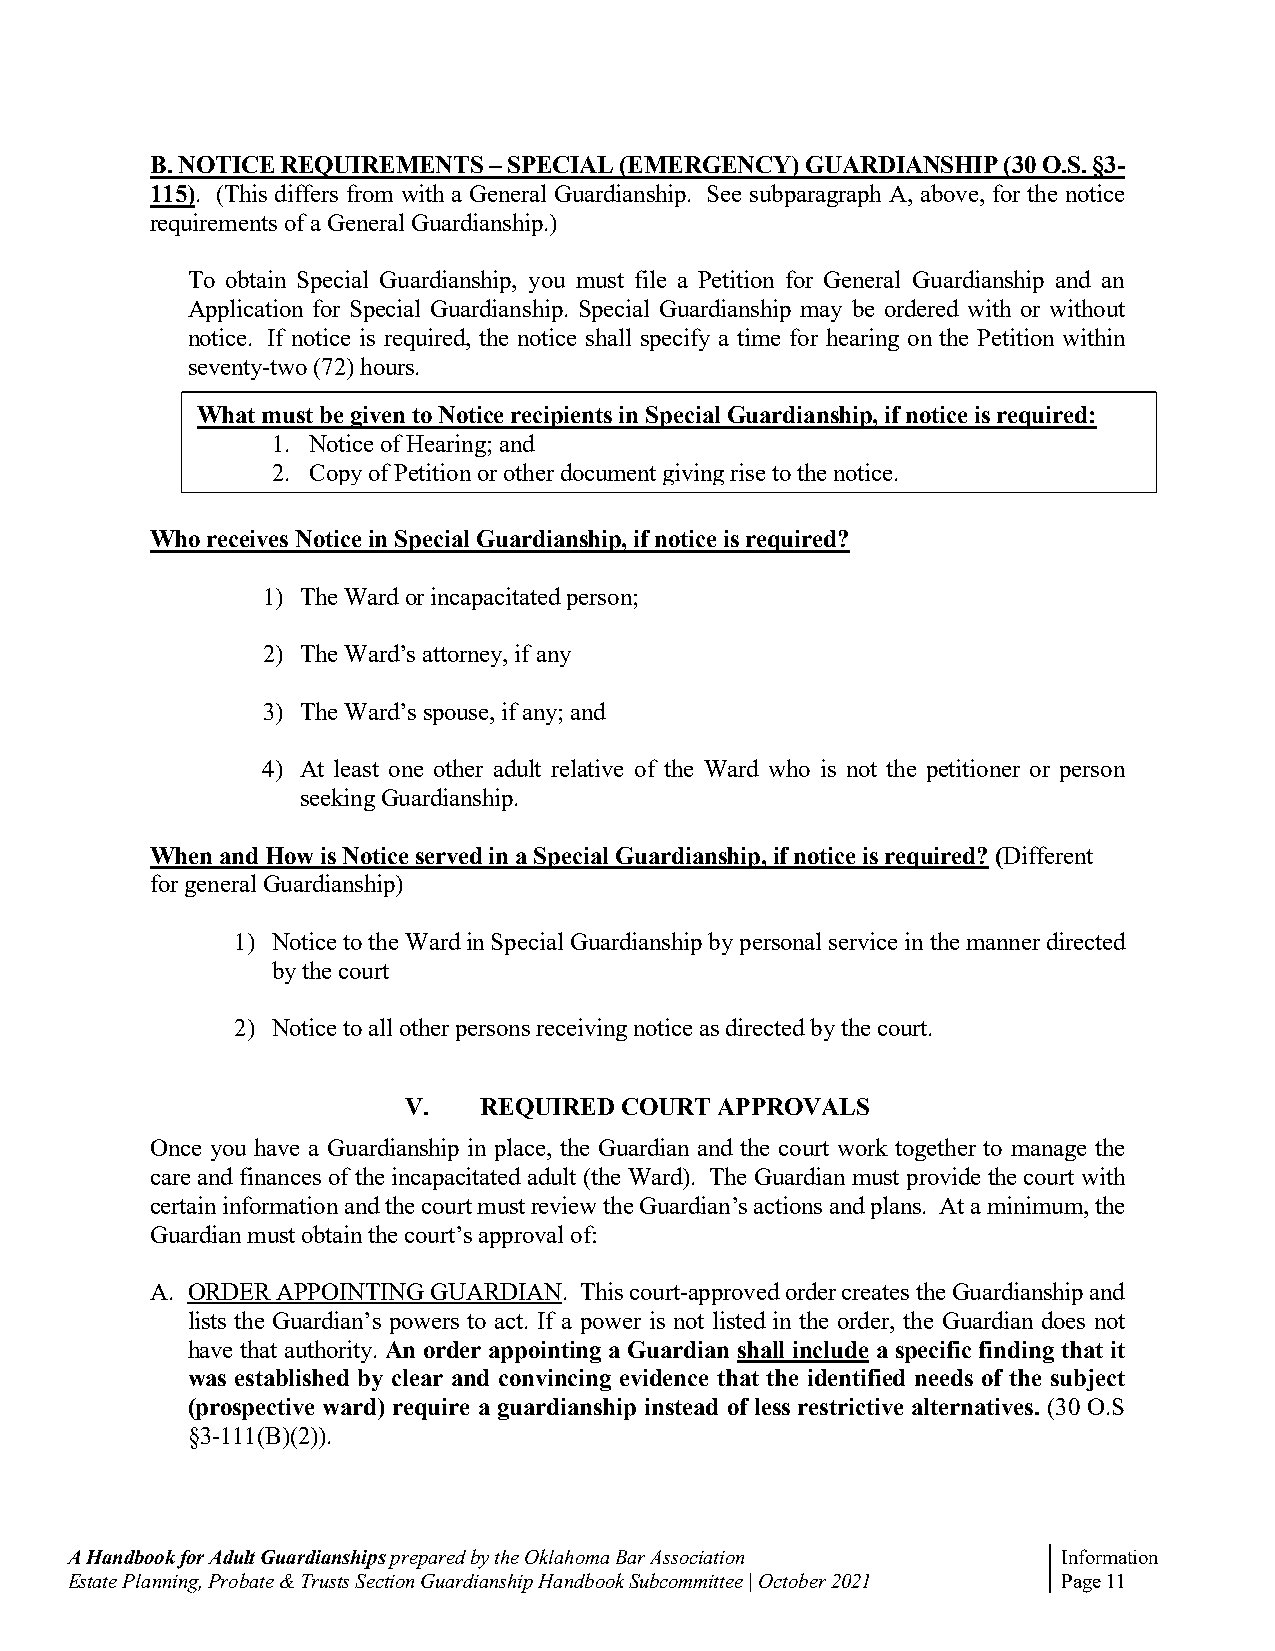
B. NOTICE REQUIREMENTS – SPECIAL (EMERGENCY) GUARDIANSHIP (30 O.S. §3-
 115). (This differs from with a General Guardianship. See subparagraph A, above, for the notice
 requirements of a General Guardianship.)
 To obtain Special Guardianship, you must file a Petition for General Guardianship and an
 Application for Special Guardianship. Special Guardianship may be ordered with or without
 notice. If notice is required, the notice shall specify a time for hearing on the Petition within
 seventy-two (72) hours.
 What must be given to Notice recipients in Special Guardianship, if notice is required:
 1. Notice of Hearing; and
 2. Copy of Petition or other document giving rise to the notice.
 Who receives Notice in Special Guardianship, if notice is required?
 1) The Ward or incapacitated person;
 2) The Ward’s attorney, if any
 3) The Ward’s spouse, if any; and
 4) At least one other adult relative of the Ward who is not the petitioner or person
 seeking Guardianship.
 When and How is Notice served in a Special Guardianship, if notice is required? (Different
 for general Guardianship)
 1) Notice to the Ward in Special Guardianship by personal service in the manner directed
 by the court
 2) Notice to all other persons receiving notice as directed by the court.
 V.   REQUIRED COURT APPROVALS
 Once you have a Guardianship in place, the Guardian and the court work together to manage the
 care and finances of the incapacitated adult (the Ward). The Guardian must provide the court with
 certain information and the court must review the Guardian’s actions and plans. At a minimum, the
 Guardian must obtain the court’s approval of:
 A. ORDER APPOINTING GUARDIAN. This court-approved order creates the Guardianship and
 lists the Guardian’s powers to act. If a power is not listed in the order, the Guardian does not
 have that authority. An order appointing a Guardian shall include a specific finding that it
 was established by clear and convincing evidence that the identified needs of the subject
 (prospective ward) require a guardianship instead of less restrictive alternatives. (30 O.S
 §3-111(B)(2)).
 A Handbook for Adult Guardianships prepared by the Oklahoma Bar Association Information
 Estate Planning, Probate & Trusts Section Guardianship Handbook Subcommittee | October 2021 Page 11